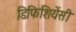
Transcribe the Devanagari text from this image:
डिफिशियेंसी